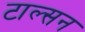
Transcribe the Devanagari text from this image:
टाल्सन